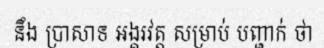
នឹង ប្រាសាទ អង្គរវត្ត សម្រាប់ បញ្ជាក់ ថា